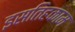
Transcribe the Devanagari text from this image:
इसतिहकाम